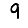
Digit: 9